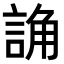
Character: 𧨖